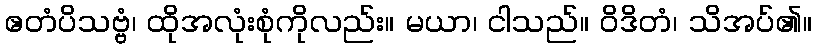
ဧတံပိသဗ္ဗံ၊ ထိုအလုံးစုံကိုလည်း။ မယာ၊ ငါသည်။ ဝိဒိတံ၊ သိအပ်၏။